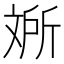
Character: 𱡥